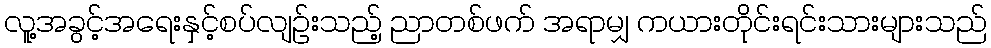
လူ့အခွင့်အရေးနှင့်စပ်လျဉ်းသည့် ညာတစ်ဖက် အရာမျှ ကယားတိုင်းရင်းသားများသည်